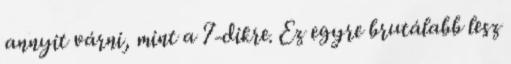
annyit várni, mint a 7-dikre. Ez egyre brutálabb lesz